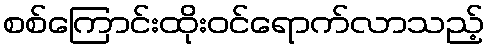
စစ်ကြောင်းထိုးဝင်ရောက်လာသည့်